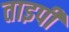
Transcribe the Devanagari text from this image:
ताइपी